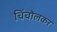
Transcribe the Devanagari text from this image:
चिंचोलकर